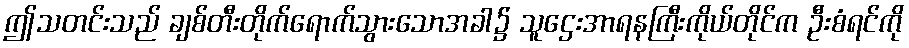
ဤသတင်းသည် ချစ်တီးတိုက်ရောက်သွားသောအခါ၌ သူဌေးအာရနကြီးကိုယ်တိုင်က ဦးစံရင်ကို